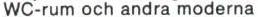
WC-rum och andra moderna